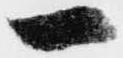
一